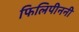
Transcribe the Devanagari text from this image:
फिलिपीननी